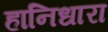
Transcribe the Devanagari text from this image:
हानिधारा